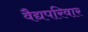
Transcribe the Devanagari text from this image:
वैद्यपरिवार